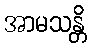
အာမသန္တိ